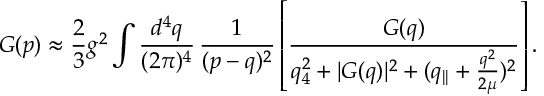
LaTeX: G ( p ) \approx \frac 2 3 g ^ { 2 } \int \frac { d ^ { 4 } q } { ( 2 \pi ) ^ { 4 } } \, \frac 1 { ( p - q ) ^ { 2 } } \left[ \frac { G ( q ) } { q _ { 4 } ^ { 2 } + | G ( q ) | ^ { 2 } + ( q _ { | | } + \frac { q ^ { 2 } } { 2 \mu } ) ^ { 2 } } \right] .